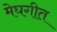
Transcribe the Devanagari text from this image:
मेघगीत